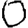
Digit: 0